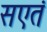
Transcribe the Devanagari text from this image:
सएतं